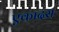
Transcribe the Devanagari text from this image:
एकादस